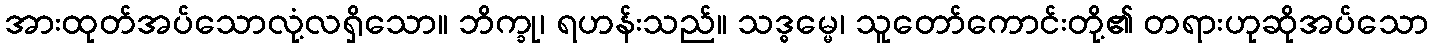
အားထုတ်အပ်သောလုံ့လရှိသော။ ဘိက္ခု၊ ရဟန်းသည်။ သဒ္ဓမ္မေ၊ သူတော်ကောင်းတို့၏ တရားဟုဆိုအပ်သော